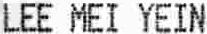
LEE MEI YEIN